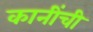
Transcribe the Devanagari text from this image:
कानींची